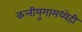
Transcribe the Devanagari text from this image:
कलीयुगामध्येही